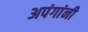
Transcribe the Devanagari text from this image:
अपंगांनी